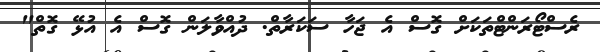
ރެސްޓޯރަންޓްތަކަށް ގޮސް އެ ޖަހާ ސަކަރާތް. ދުއްވާލަން ގޮސް އެ އުޅޭ ގޮތް"